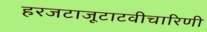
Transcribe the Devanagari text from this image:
हरजटाजूटाटवीचारिणी